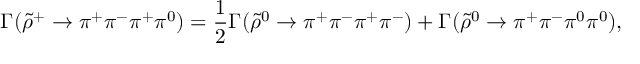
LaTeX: \Gamma ( \tilde { \rho } ^ { + } \rightarrow \pi ^ { + } \pi ^ { - } \pi ^ { + } \pi ^ { 0 } ) = \frac { 1 } { 2 } \Gamma ( \tilde { \rho } ^ { 0 } \rightarrow \pi ^ { + } \pi ^ { - } \pi ^ { + } \pi ^ { - } ) + \Gamma ( \tilde { \rho } ^ { 0 } \rightarrow \pi ^ { + } \pi ^ { - } \pi ^ { 0 } \pi ^ { 0 } ) ,